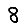
Digit: 8